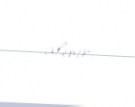
alınır.